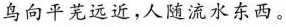
鸟向平芜远近，人随流水东西。